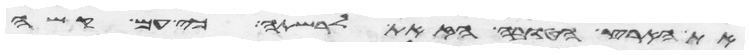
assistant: את הארץ הטובה הזאת לרשתה כי עם קשה